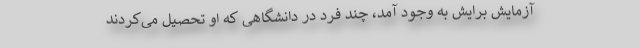
آزمایش برایش به وجود آمد، چند فرد در دانشگاهی که او تحصیل می‌کردند